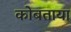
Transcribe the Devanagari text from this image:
कोबताया